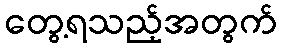
တွေ့ရသည့်အတွက်